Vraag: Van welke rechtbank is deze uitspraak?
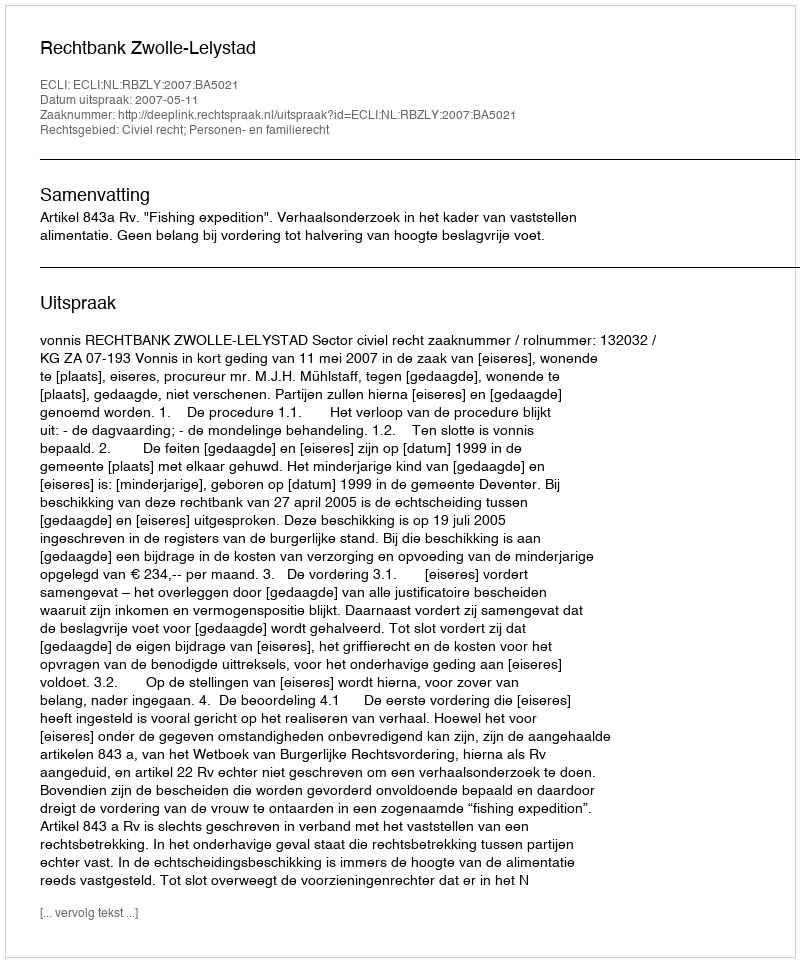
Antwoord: Rechtbank Zwolle-Lelystad